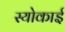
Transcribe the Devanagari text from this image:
स्योकाई